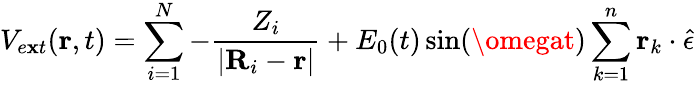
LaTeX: V_{e\mathbf{x}t}({\mathbf{r}},t)=\sum_{i=1}^{N}-\frac{{Z_{i}}}{{|{\mathbf{R}}_{i}-{\mathbf{r}}|}}+E_{0}(t)\sin(\omegat)\sum_{k=1}^{n}{\mathbf{r}}_{k}\cdot{\hat{{\epsilon}}}